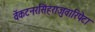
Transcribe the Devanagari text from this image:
वेंकटनरसिंहराजुवारिपेटा